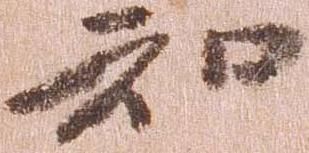
知